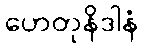
ဟေတုနိဒါနံ